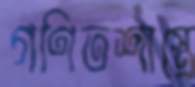
গণিতশাস্ত্রে